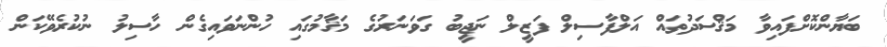
ބަޔާންކޮށްފައިވާ މަޤްސަދުތައް އަލްފާސިލް ފަޒީލް ނަޖީބު ގަވަނަރުގެ މަޤާމުގައި ހުންނަވައިގެން ހާސިލު ނުކުރެވޭކަން